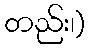
တည်း၊)